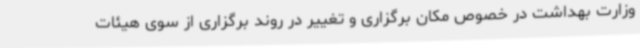
وزارت بهداشت در خصوص مکان برگزاری و تغییر در روند برگزاری از سوی هیئات